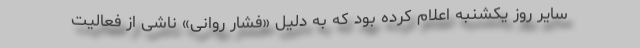
سایر روز یکشنبه اعلام کرده بود که به دلیل «فشار روانی» ناشی از فعالیت